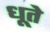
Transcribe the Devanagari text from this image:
धूते